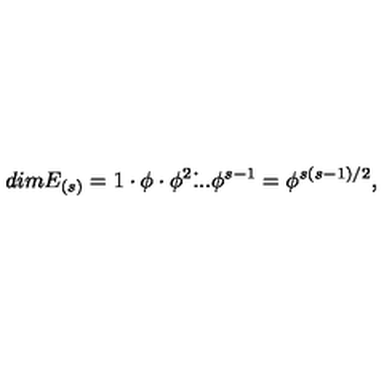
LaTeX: d i m E _ { ( s ) } = 1 \cdot \phi \cdot \phi ^ { 2 } \dot { . } . . \phi ^ { s - 1 } = \phi ^ { s ( s - 1 ) / 2 } ,